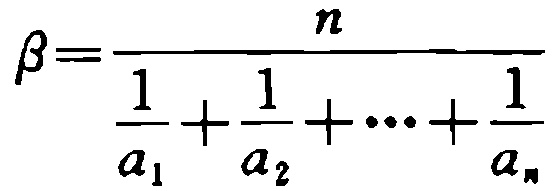
\[\beta=\frac{n}{\frac{1}{a_{1}}+\frac{1}{a_{2}}+\cdots+\frac{1}{a_{n}}}\]